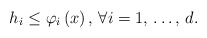
\begin{align*}h_{i}\le \varphi_{i}\left( x \right),\thinspace \forall i=1,\thinspace \mathellipsis ,\thinspace d.\end{align*}